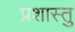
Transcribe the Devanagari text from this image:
प्रशास्तु